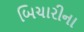
બિચારીના